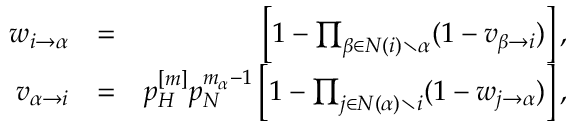
\begin{array} { r l r } { w _ { i \rightarrow \alpha } } & { = } & { \left[ 1 - \prod _ { \beta \in N ( i ) \setminus \alpha } ( 1 - v _ { \beta \rightarrow i } ) \right] , } \\ { v _ { \alpha \rightarrow i } } & { = } & { p _ { H } ^ { [ m ] } p _ { N } ^ { m _ { \alpha } - 1 } \left[ 1 - \prod _ { j \in N ( \alpha ) \setminus i } ( 1 - w _ { j \rightarrow \alpha } ) \right] , } \end{array}